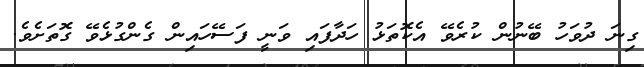
ގިނަ ދުވަހު ބޭނުން ކުރެވޭ އެކޮތަޅު ހަދާފައި ވަނީ ފަސޭހައިން ގެންގުޅެވޭ ގޮތަށެވެ.